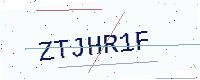
Text: ZTJHR1F